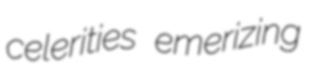
celerities emerizing